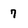
Character: 7